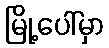
မြို့ပေါ်မှာ